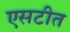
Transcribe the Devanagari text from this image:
एसटीत